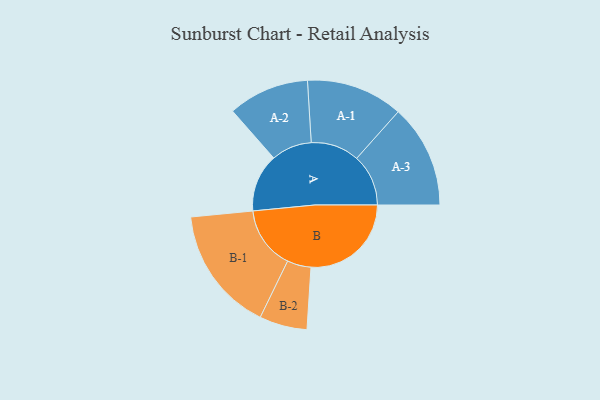
{"axis": {"x": "Segment", "y": "Value"}, "legend": ["", "A", "B"], "data": [{"x": "A", "y": 265, "type": ""}, {"x": "B", "y": 458, "type": ""}, {"x": "A-1", "y": 221, "type": "A"}, {"x": "A-2", "y": 185, "type": "A"}, {"x": "A-3", "y": 236, "type": "A"}, {"x": "B-1", "y": 286, "type": "B"}, {"x": "B-2", "y": 109, "type": "B"}]}